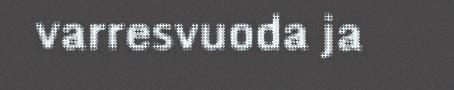
varresvuoda ja